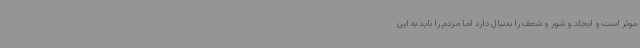
موثر است و ایجاد و شور و شعف را بدنبال دارد اما مردم را باید به این